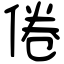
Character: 倦